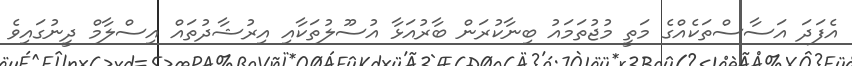
އެފަދަ އަސާސްތަކެއްގެ މަތީ މުޖުތަމައު ބިނާކުރަން ބާރުއަޅާ އުސޫލުތަކާއި އިރުޝާދުތައް އިސްލާމް ދީނުގައިވެ